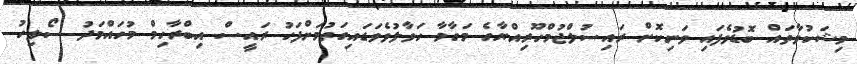
މިޝަކުވާތައް ބޮޑުވެފައި ވަނިކޮށް ރައިސުލްޖުމްހޫރިއްޔާގެ މަގާމާ ހަވާލުވެވަޑައިގަތުމަށްފަހު ރައީސް އިބްރާހިމް މުހައްމަދު ސޯލިހު